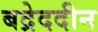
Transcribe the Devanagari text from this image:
बद्रेददीन